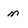
Character: m